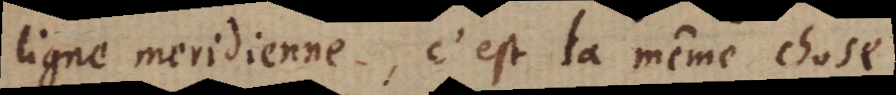
ligne meridienne, c’est la même chose